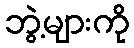
ဘွဲ့များကို